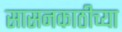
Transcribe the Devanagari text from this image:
सासनकाठीच्या